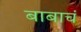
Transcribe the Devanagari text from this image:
बाबाचं